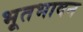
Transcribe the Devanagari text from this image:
भूतभावन